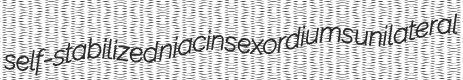
self-stabilized niacins exordiums unilateral